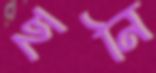
ছনি